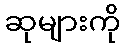
ဆုများကို